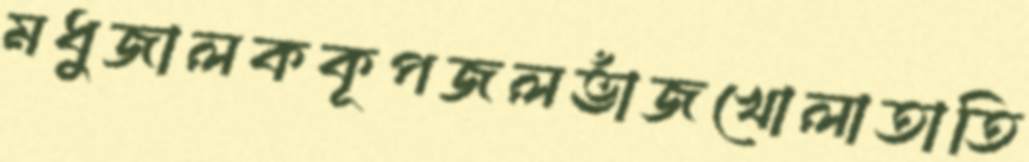
মধুজালককূপজলভাঁজখোলাতাতি